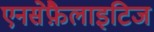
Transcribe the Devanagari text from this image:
एनसेफ़ैलाइटिज